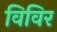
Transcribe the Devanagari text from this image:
विविर